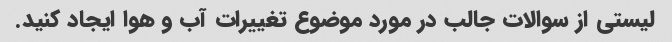
لیستی از سوالات جالب در مورد موضوع تغییرات آب و هوا ایجاد کنید.